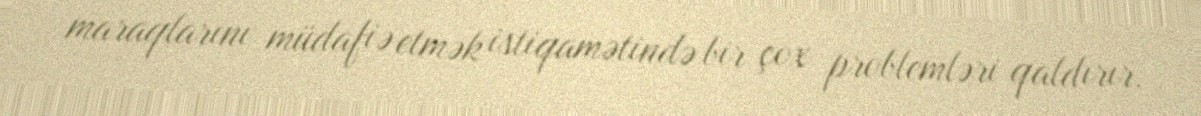
maraqlarını müdafiə etmək istiqamətində bir çox problemləri qaldırır.